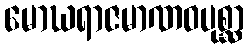
မောဃရာဇမာဏဝပုစ္ဆာ